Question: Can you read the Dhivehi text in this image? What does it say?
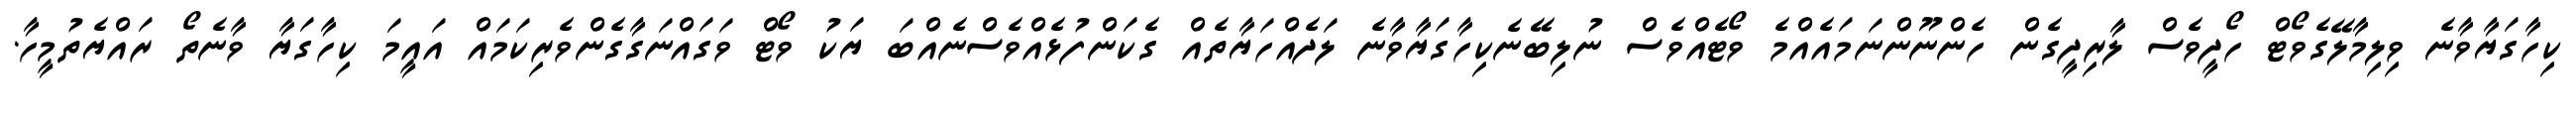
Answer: ކިހާގަޔާވާނެ ވިލިމާލޭގެވޯޓް ހޯދީވެސް ލާރިދީގެން ހެންނޫންނަމައެއްމެ ވޯޓެއްވެސް ނުލިބޭނެކިހާގަޔާވާނެ ލަދެއްހަޔާތެއް ގެކަންފުޅެއްވެސްނެއްބަ ޔަކު ވޯޓް ވަގައްނަގާގެންވެރިކަމައް އައީމަ ކިހާގަޔާ ވާނެތޯ ރައްޔެތުމީހާ.